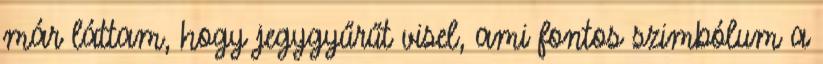
már láttam, hogy jegygyűrűt visel, ami fontos szimbólum a